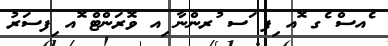
ެއސް ެގ ޮއ ިފ ަސ ުރންނާ ިއ ވޮރަންޓް ޮއ ިފސަރު